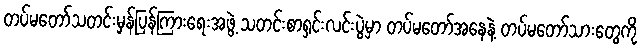
တပ်မတော်သတင်းမှန်ပြန်ကြားရေးအဖွဲ့ သတင်းစာရှင်းလင်းပွဲမှာ တပ်မတော်အနေနဲ့ တပ်မတော်သားတွေကို